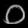
Digit: ၀